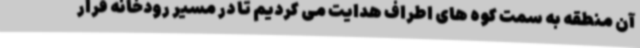
آن منطقه به سمت کوه های اطراف هدایت می کردیم تا در مسیر رودخانه قرار